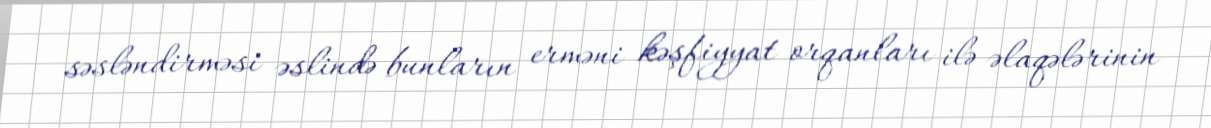
səsləndirməsi əslində bunların erməni kəşfiyyat orqanları ilə əlaqələrinin